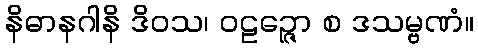
နိဓာနဂါနိ ဒိဝသ၊ ဝဠဉ္ဇော စ ဒသမ္ဗဏံ။